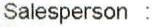
SALESPERSON :